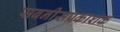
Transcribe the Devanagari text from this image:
सबनीसप्रकाशक